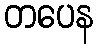
တပေန